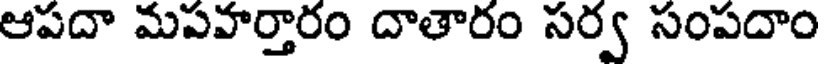
ఆపదా మపవార్తారం దాతారం సర్వ సంపదాం